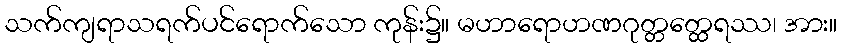
သက်ကျရာသရက်ပင်ရောက်သော ကုန်း၌။ မဟာရောဟဏဂုတ္တတ္ထေရဿ၊ အား။